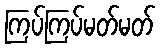
ကြပ်ကြပ်မတ်မတ်